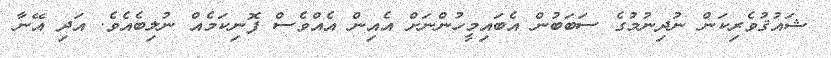
ޝައުޤުވެރިކަން ނުދިނުމުގެ ސަބަބުން އެބައިމީހުންނަށް އެއިން އެއްވެސް ފޮނިކަމެއް ނުލިބެއެވެ. އަދި އޭނާ